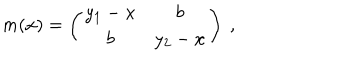
LaTeX: m ( x ) = \left( \begin{array} { c c } { { y _ { 1 } - x } } & { { b } } \\ { { b } } & { { y _ { 2 } - x } } \\ \end{array} \right) ~ ,